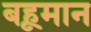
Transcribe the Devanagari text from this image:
बहूमान